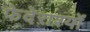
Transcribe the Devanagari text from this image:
फेदेराश्यों